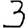
Digit: 3